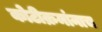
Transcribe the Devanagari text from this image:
कोटीक्रमांनाच